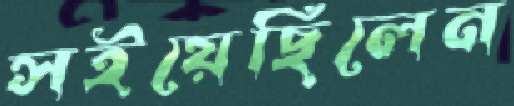
সইয়েছিলেন